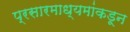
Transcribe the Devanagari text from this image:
प्रसारमाध्यमांकडून